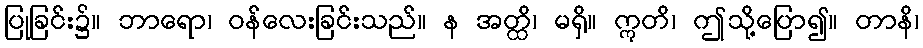
ပြုခြင်း၌။ ဘာရော၊ ဝန်လေးခြင်းသည်။ န အတ္ထိ၊ မရှိ။ ဣတိ၊ ဤသို့ပြော၍။ တာနိ၊